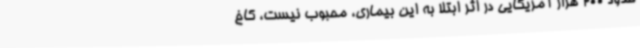
حدود 200 هزار آمریکایی در اثر ابتلا به این بیماری، محبوب نیست، کاخ